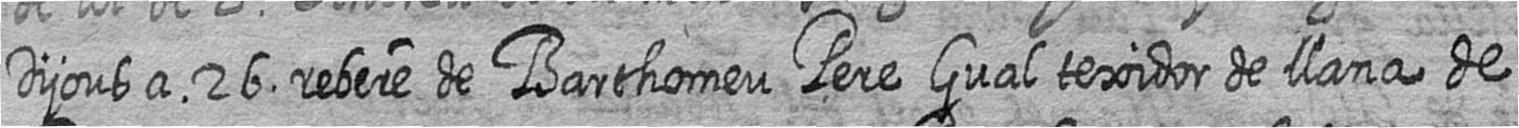
Dijous a 26 rebere de Barthomeu Pere Gual texidor de llana de